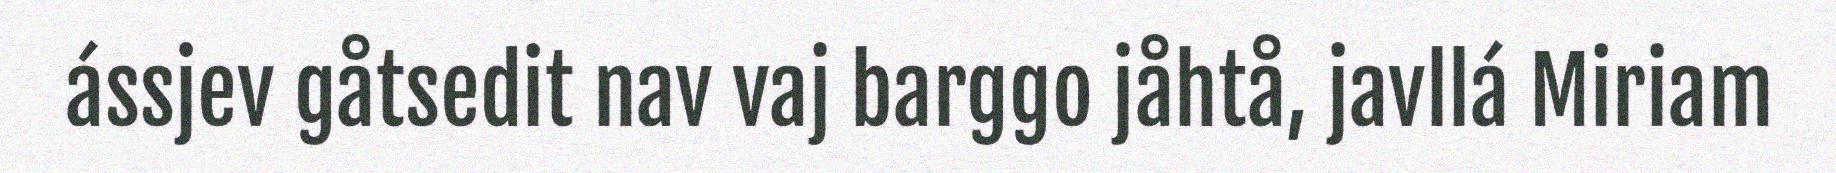
ássjev gåtsedit nav vaj barggo jåhtå, javllá Miriam